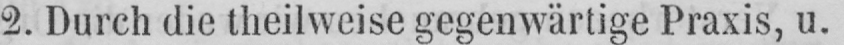
2. Durch die theilweise gegenwärtige Praxis, u.